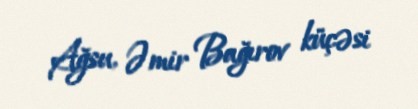
Ağsu, Əmir Bağırov küçəsi